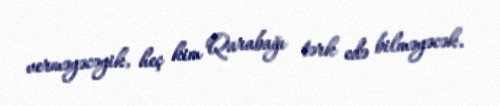
verməyəcəyik, heç kim Qarabağı tərk edə bilməyəcək.